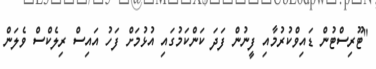
"ޓޫރިސްޓުން ޑައިވްކުރުމާއި ފީނުން ފަދަ ކަންކަމުގައި އުޅުމަށް ފަހު އައިސް ރިލެކްސް ވެލަން